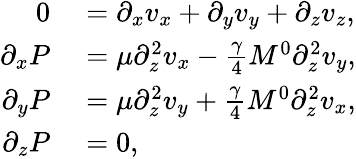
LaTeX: \begin{array}{rl}{0}&{{}=\partial_{x}v_{x}+\partial_{y}v_{y}+\partial_{z}v_{z},}\\ {\partial_{x}P}&{{}=\mu\partial_{z}^{2}v_{x}-\frac{\gamma}{4}M^{0}\partial_{z}^{2}v_{y},}\\ {\partial_{y}P}&{{}=\mu\partial_{z}^{2}v_{y}+\frac{\gamma}{4}M^{0}\partial_{z}^{2}v_{x},}\\ {\partial_{z}P}&{{}=0,}\end{array}